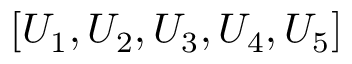
[ U _ { 1 } , U _ { 2 } , U _ { 3 } , U _ { 4 } , U _ { 5 } ]